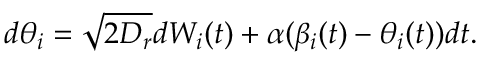
d \theta _ { i } = \sqrt { 2 D _ { r } } d W _ { i } ( t ) + \alpha ( \beta _ { i } ( t ) - \theta _ { i } ( t ) ) d t .